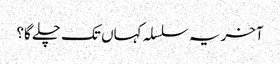
آخر یہ سلسلہ کہاں تک چلے گا؟